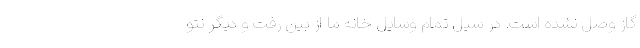
گاز وصل نشده است. در سیل تمام وسایل خانه ما از بین رفت و دیگر نتو